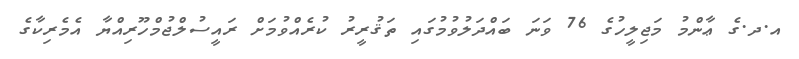
އ.ދ.ގެ ޢާންމު މަޖިލީހުގެ 76 ވަނަ ބައްދަލުވުމުގައި ތަޤުރީރު ކުރެއްވުމަށް ރައީސުލްޖުމްހޫރިއްޔާ އެމެރިކާގެ